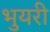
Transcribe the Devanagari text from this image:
भुयरी